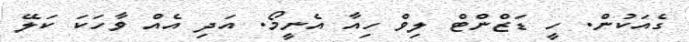
ގެއަކުން. ހީ ޑަޒްންޓް ލިވް ހިއާ އެނީމޯ. އަދި އެއް ވާހަކަ ކަލޭ